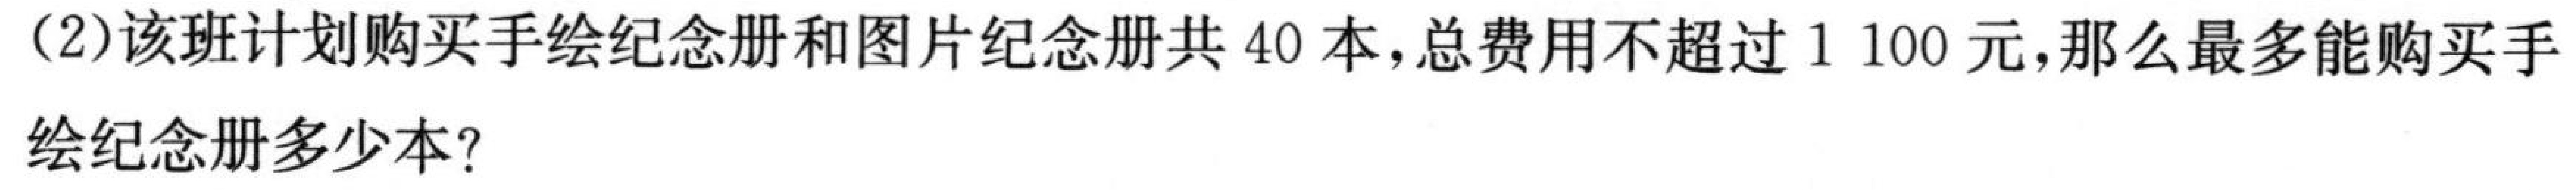
(2)该班计划购买手绘纪念册和图片纪念册共40本,总费用不超过1 100元,那么最多能购买手

绘纪念册多少本?